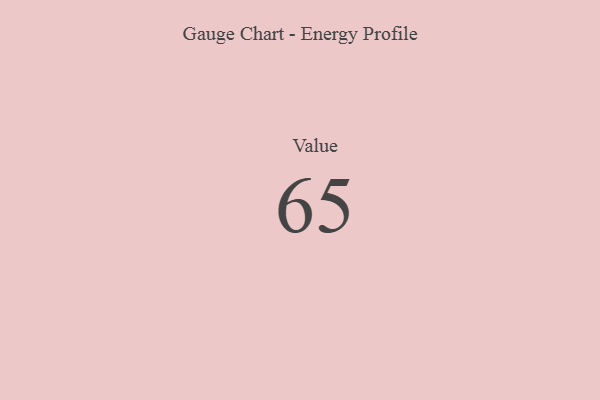
{"axis": {"x": "Metric", "y": "Value"}, "legend": [""], "data": [{"x": "Value", "y": 65, "type": ""}]}